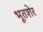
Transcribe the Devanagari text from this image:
भूतशेर